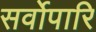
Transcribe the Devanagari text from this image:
सर्वोपारि